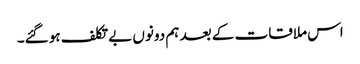
اس ملاقات کے بعد ہم دونوں بے تکلف ہو گئے۔